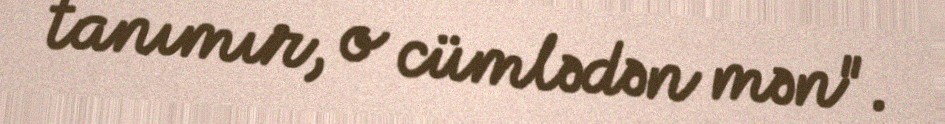
tanımır, o cümlədən mən".